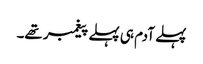
پہلے آدم ہی پہلے پیغمبر تھے۔